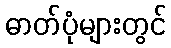
ဓာတ်ပုံများတွင်